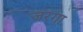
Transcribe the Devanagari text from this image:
जरगा